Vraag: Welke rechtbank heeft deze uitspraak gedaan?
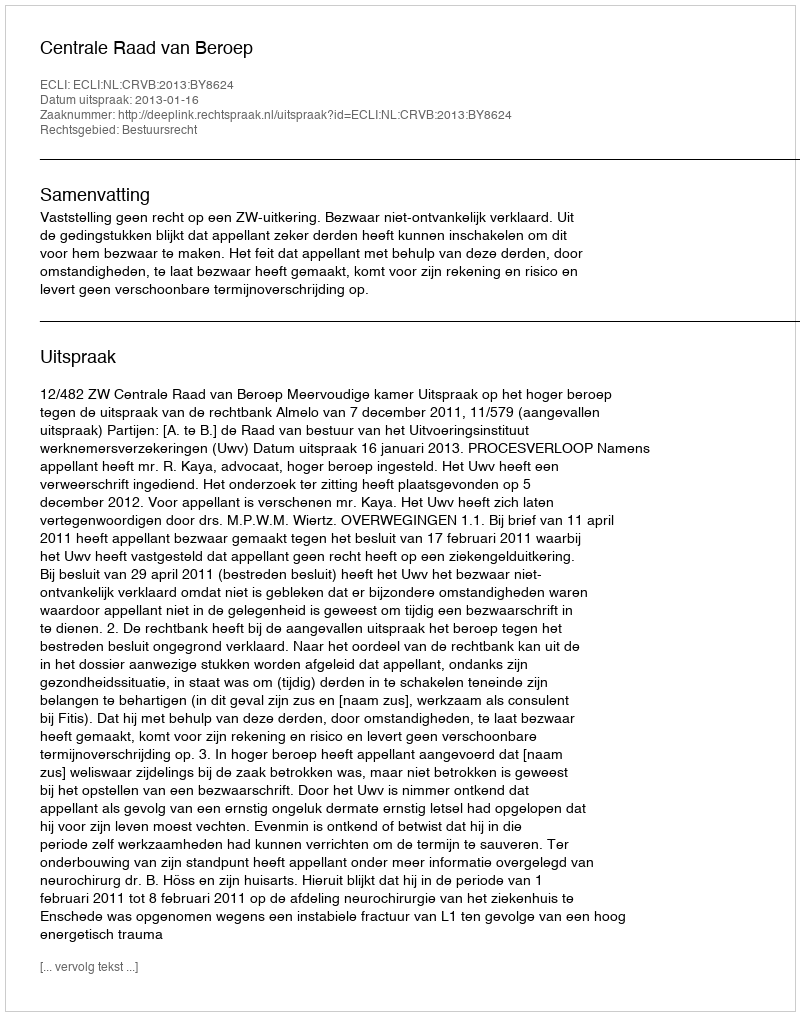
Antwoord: Centrale Raad van Beroep